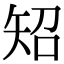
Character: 䂏